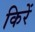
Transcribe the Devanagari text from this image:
किरें